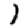
Digit: 1